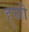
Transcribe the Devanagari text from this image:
हूची